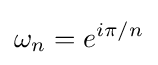
\omega _{n}=e^{i\pi /n}